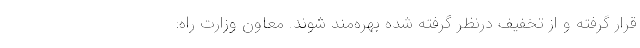
قرار گرفته و از تخفیف درنظر گرفته شده بهره‌مند شوند. معاون وزارت راه: